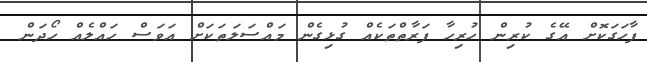
ފާހަގަކޮށް އޭގެ ކުރިން ހުރިހާ ފަރާތްތަކެއް ގުޅިގެން މައްސަލަތަކަށް އަވަސް ހައްލެއް ހޯދަން